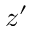
z ^ { \prime }